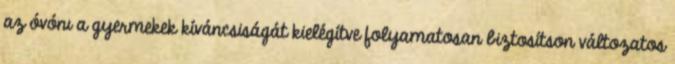
az óvónı a gyermekek kíváncsiságát kielégítve folyamatosan biztosítson változatos